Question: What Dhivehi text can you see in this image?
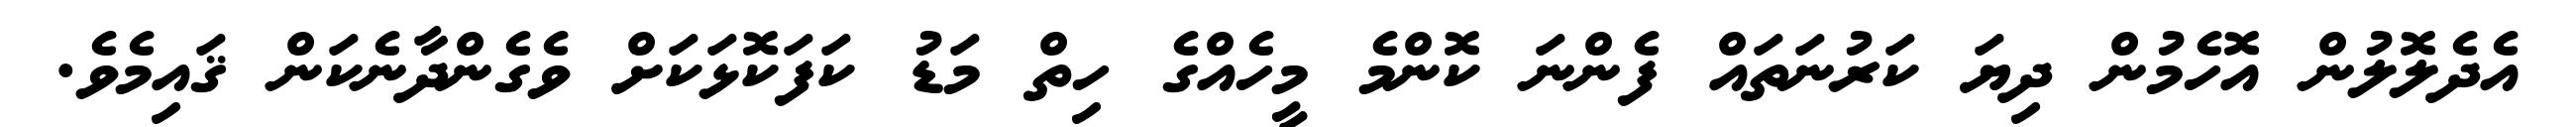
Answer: އެދެލޮލުން އޮހެމުން ދިޔަ ކަރުނަތައް ފެންނަ ކޮންމެ މީހެއްގެ ހިތް މަޑު ކަފަކޮޅަކަށް ވެގެންދާނެކަން ޤައިމެވެ.